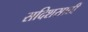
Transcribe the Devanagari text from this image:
सदिशसाठी